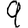
Digit: 9